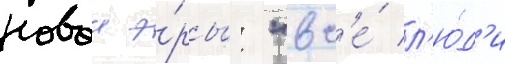
новои э́ры: "вс'е́ л'ю́д'и